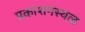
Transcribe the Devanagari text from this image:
प्रकाशनस्थळ